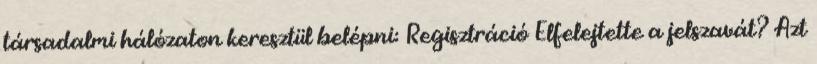
társadalmi hálózaton keresztül belépni: Regisztráció Elfelejtette a jelszavát? Azt